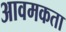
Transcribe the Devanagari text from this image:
आवमकता